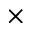
\times